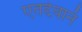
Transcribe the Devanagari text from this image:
एतद्देवानं